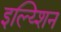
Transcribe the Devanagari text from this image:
इल्य्शिन